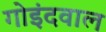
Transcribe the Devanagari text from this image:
गोइंदवाल